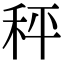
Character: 秤